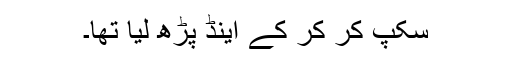
سکپ کر کر کے اینڈ پڑھ لیا تھا۔